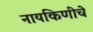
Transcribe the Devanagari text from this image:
नायकिणींचे